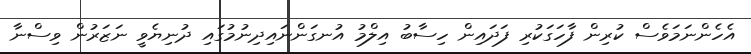
އެހެންނަމަވެސް ކުރިން ފާހަގަކުރި ފަދައިން ހިސާބު އިލްމު އުނގަންނައިދިނުމުގައި ދުނިޔެވީ ނަޒަރުން ވިސްނާ